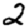
Digit: 2